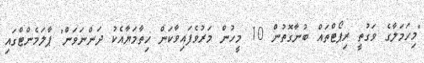
"މިހަމަލާގެ ވަގުތީ ރިޕޯޓްތައް ބުނާގޮތުން 10 މީހުން މަރުވެފައިވާކަން ހިތާމަޔާއެކު ދަންނަވަން" ޕާލަމެންޓްގައި